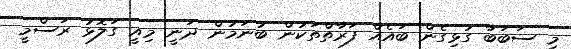
މި ސަބަބާ ގުޅިގެން ބައެއް ފަރާތްތަކުން ބުނަމުން ދަނީ މިއީ ގަލޮޅު ރަސްމީ